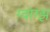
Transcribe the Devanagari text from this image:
ग्वांग्झ